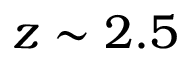
z \sim 2 . 5